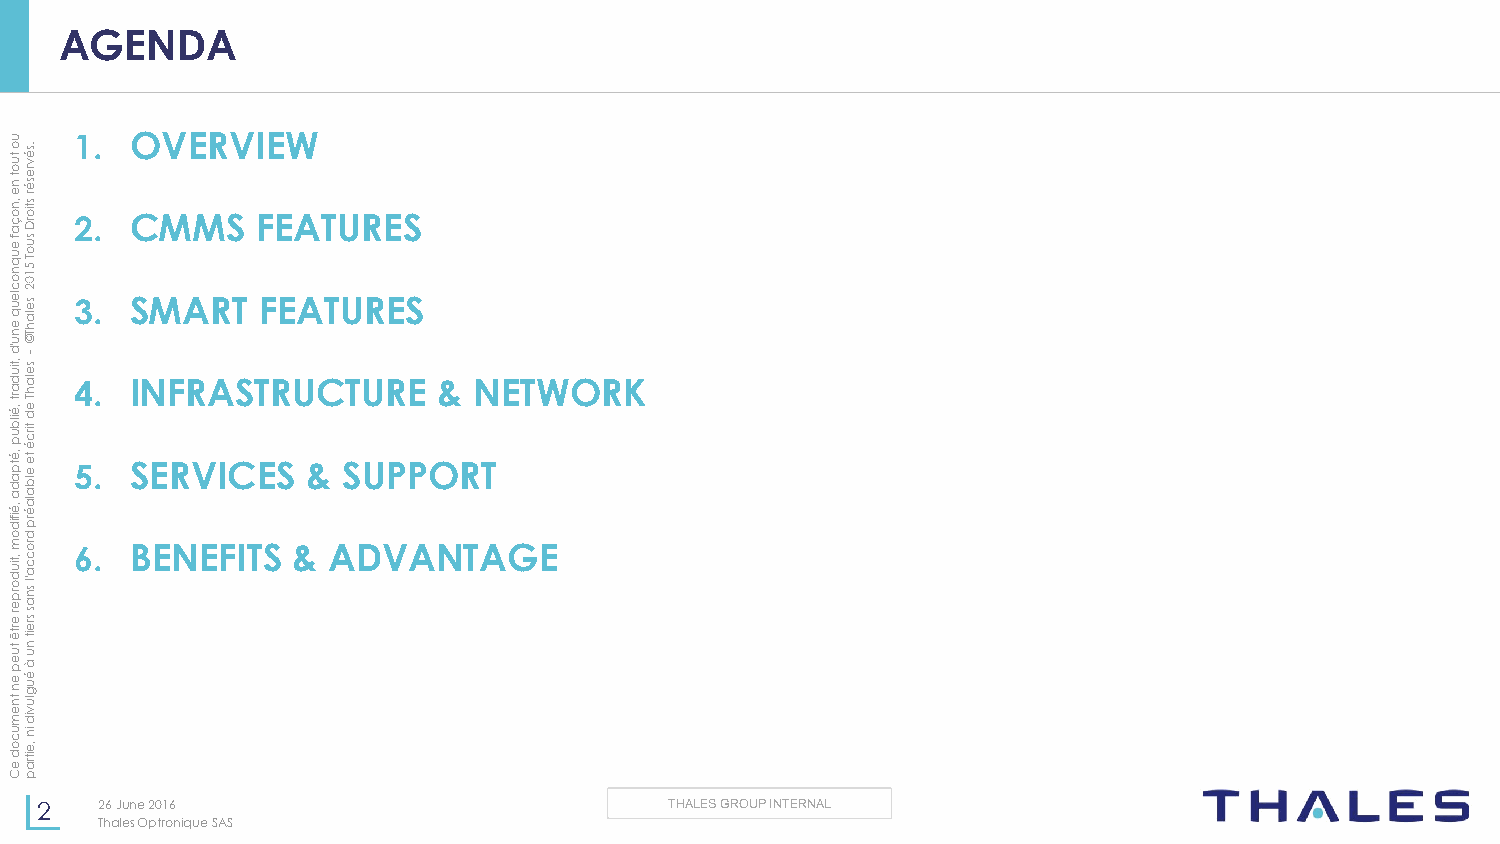
AGENDA
 u
 o
 tu o
 t n
 e
 ,n
 o ç
 a
 f
 e u q n o c le u
 q
 e
 n
 u.sé
 v re
 sé
 r
 stio
 rD
 su
 so eT
 l
 a5 h1 T0 ©2
 1
 2
 3.
 .
 .
 O
 C
 SMMV AE MR RSV
 T
 I
 F
 FE
 E
 EW
 A
 A
 T TU UR RE ES
 S
 'd
 ,tiuse-
 d a rt
 ,é
 ilb
 u
 p
 ,é
 tp a d
 ala h T
 e
 d
 tirc
 é
 te
 e lb a
 4 5.
 .
 I SN EF RR VA ICST ER SU &C STU UR PPE O&
 R
 N
 T
 ETWORK
 ,é ifid ola é rp
 d
 m ,tiu
 d o rp
 e r e
 rtê
 turo c c
 a 'l sn
 a s sre
 it
 n
 u
 6.  B ENEFITS &  ADVANTAGE
 e p
 e n
 tn
 à
 é u g
 lu
 ev
 mid
 u
 c
 o
 d
 e
 in
 ,e
 itra
 Cp
 2    26 June 2016                         THALES GROUP INTERNAL
 Thales Optronique SAS